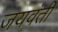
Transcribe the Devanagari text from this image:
जयवंती